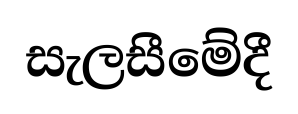
සැලසීමේදී